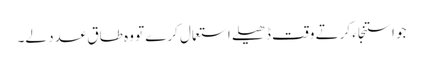
جو استنجاء کرتے وقت ڈھیلے استعمال کرے تو وہ طاق عدد لے۔